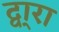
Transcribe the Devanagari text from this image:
द्वा्रा